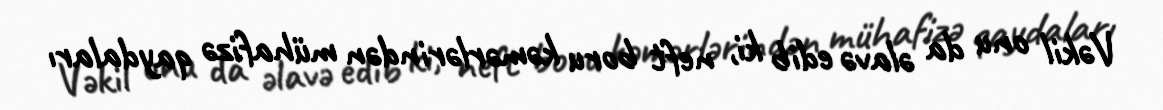
Vəkil onu da əlavə edib ki, neft boru kəmərlərindən mühafizə qaydaları